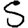
Digit: 5